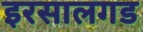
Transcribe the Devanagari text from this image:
इरसालगड